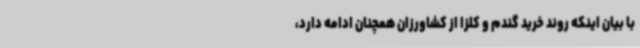
با بیان اینکه روند خرید گندم و کلزا از کشاورزان همچنان ادامه دارد،